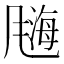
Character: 𫗀